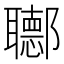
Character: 𨟡